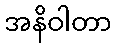
အနိဝါတာ